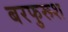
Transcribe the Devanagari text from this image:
बरफुरूश